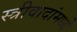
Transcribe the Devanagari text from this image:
स्त्रीवादांमध्ये